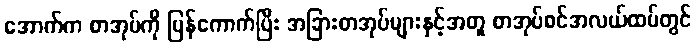
အောက်က စာအုပ်ကို ပြန်ကောက်ပြီး အခြားစာအုပ်များနှင့်အတူ စာအုပ်စင်အလယ်ထပ်တွင်